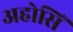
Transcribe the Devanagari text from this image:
अहोसिं